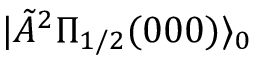
| \tilde { A } { } ^ { 2 } \Pi _ { 1 / 2 } ( 0 0 0 ) \rangle _ { 0 }